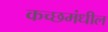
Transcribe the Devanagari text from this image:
कच्छमंधील